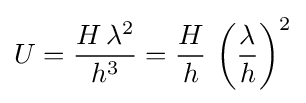
U={\frac {H\,\lambda ^{2}}{h^{3}}}={\frac {H}{h}}\,\left({\frac {\lambda }{h}}\right)^{2}